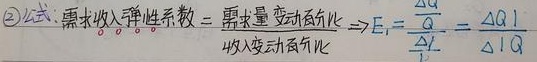
\textcircled{2}公式：需求收入弹性系数\(=\frac{需求量变动百分比}{收入变动百分比}\Rightarrow E_{I}=\frac{\frac{\Delta Q}{Q}}{\frac{\Delta I}{I}}=\frac{\Delta Q}{\Delta I}\frac{I}{Q}\)